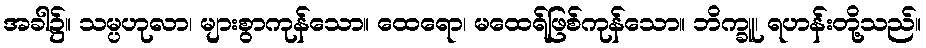
အခါ၌။ သမ္ပဟုလာ၊ များစွာကုန်သော။ ထေရော၊ မထေရ်ဖြစ်ကုန်သော။ ဘိက္ခူ၊ ရဟန်းတို့သည်။